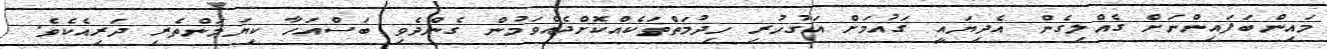
މައިންބަފައިންނަށް ގެއްލިގެން އެދިޔައީ ގައުމަށް އަގުހުރި ހިދުމަތްތަކެއްކޮށްދެއްވަމުން ގެންދެވި ބަސްއަހާ ކިޔަމަންތެރި ދަރިއެކެވެ.